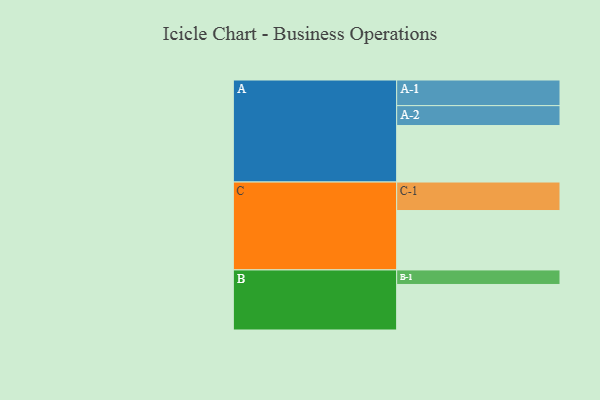
{"axis": {"x": "Segment", "y": "Value"}, "legend": ["", "A", "B", "C"], "data": [{"x": "A", "y": 412, "type": ""}, {"x": "B", "y": 332, "type": ""}, {"x": "C", "y": 433, "type": ""}, {"x": "A-1", "y": 187, "type": "A"}, {"x": "A-2", "y": 145, "type": "A"}, {"x": "B-1", "y": 106, "type": "B"}, {"x": "C-1", "y": 208, "type": "C"}]}